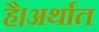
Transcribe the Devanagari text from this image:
है।अर्थात